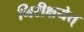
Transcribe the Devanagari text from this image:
निरीक्षयेत्